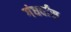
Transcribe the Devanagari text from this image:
गंधर्वांस